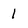
Character: 1